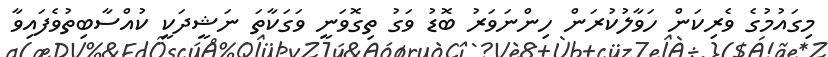
މިގައުމުގެ ވެރިކަން ހަވާލުކުރަން ހިންނަވަރު ބޮޑު ވަގު ތިގޮވަނީ ވަގަކާތަ ނަޝީދަކީ ކުއްސާބިތުވެފައިވާ